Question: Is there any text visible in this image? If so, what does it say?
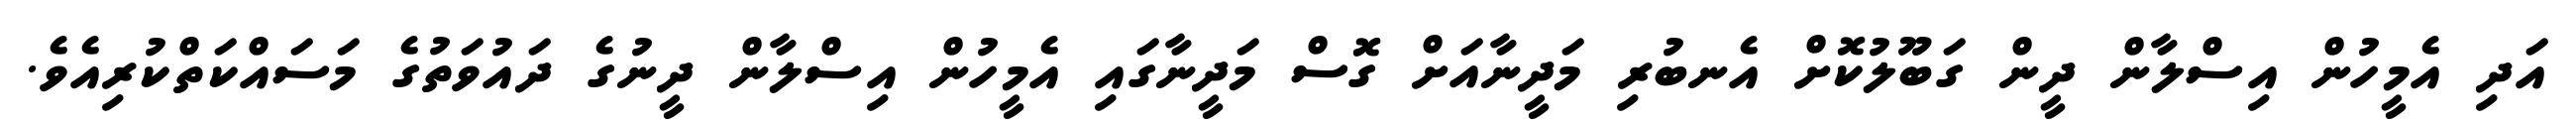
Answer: އަދި އެމީހުން އިސްލާން ދީން ގަބޫލުކޮށް އެނބުރި މަދީނާއަށް ގޮސް މަދީނާގައި އެމީހުން އިސްލާން ދީނުގެ ދައުވަތުގެ މަސައްކަތްކުރިއެވެ.